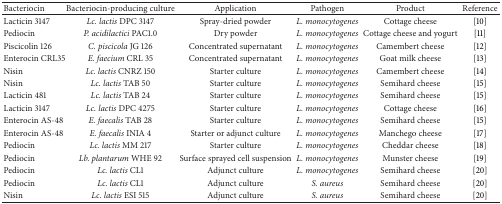
<table><thead><tr><td><b>Bacteriocin</b></td><td><b>Bacteriocin-producing culture</b></td><td><b>Application</b></td><td><b>Pathogen</b></td><td><b>Product</b></td><td><b>Reference</b></td></tr></thead><tbody><tr><td>Lacticin 3147</td><td><i>Lc. lactis </i>DPC 3147</td><td>Spray-dried powder</td><td><i>L. monocytogenes </i></td><td>Cottage cheese</td><td>[10]</td></tr><tr><td>Pediocin </td><td><i>P. acidilactici </i>PAC1.0</td><td>Dry powder</td><td><i>L. monocytogenes </i></td><td>Cottage cheese and yogurt</td><td>[11]</td></tr><tr><td>Piscicolin 126</td><td><i>C. piscicola</i> JG 126</td><td>Concentrated supernatant</td><td><i>L. monocytogenes </i></td><td>Camembert cheese</td><td>[12]</td></tr><tr><td>Enterocin CRL35</td><td><i>E. faecium </i>CRL 35</td><td>Concentrated supernatant</td><td><i>L. monocytogenes </i></td><td>Goat milk cheese </td><td>[13]</td></tr><tr><td>Nisin</td><td><i>Lc. lactis </i>CNRZ 150</td><td>Starter culture</td><td><i>L. monocytogenes </i></td><td>Camembert cheese</td><td>[14]</td></tr><tr><td>Nisin</td><td><i>Lc. lactis </i>TAB 50</td><td>Starter culture</td><td><i>L. monocytogenes </i></td><td>Semihard cheese</td><td>[15]</td></tr><tr><td>Lacticin 481</td><td><i>Lc. lactis</i> TAB 24</td><td>Starter culture</td><td><i>L. monocytogenes </i></td><td>Semihard cheese</td><td>[15]</td></tr><tr><td>Lacticin 3147</td><td><i>Lc. lactis </i>DPC 4275</td><td>Starter culture </td><td><i>L. monocytogenes </i></td><td>Cottage cheese</td><td>[16]</td></tr><tr><td>Enterocin AS-48</td><td><i>E. faecalis</i> TAB 28</td><td>Starter culture</td><td><i>L. monocytogenes </i></td><td>Semihard cheese</td><td>[15]</td></tr><tr><td>Enterocin AS-48</td><td><i>E. faecalis</i> INIA 4</td><td>Starter or adjunct culture</td><td><i>L. monocytogenes </i></td><td>Manchego cheese</td><td>[17]</td></tr><tr><td>Pediocin</td><td><i>Lc. lactis</i> MM 217</td><td>Starter culture</td><td><i>L. monocytogenes </i></td><td>Cheddar cheese</td><td>[18]</td></tr><tr><td>Pediocin</td><td><i>Lb. plantarum </i>WHE 92</td><td>Surface sprayed cell suspension</td><td><i>L. monocytogenes </i></td><td>Munster cheese</td><td>[19]</td></tr><tr><td>Pediocin</td><td><i>Lc. lactis </i>CL1</td><td>Adjunct culture</td><td><i>L. monocytogenes </i></td><td>Semihard cheese</td><td>[20]</td></tr><tr><td>Pediocin</td><td><i>Lc. lactis</i> CL1</td><td>Adjunct culture</td><td><i>S. aureus </i></td><td>Semihard cheese</td><td>[20]</td></tr><tr><td>Nisin</td><td><i>Lc. lactis </i>ESI 515</td><td>Adjunct culture</td><td><i>S. aureus </i></td><td>Semihard cheese</td><td>[20]</td></tr></tbody></table>